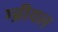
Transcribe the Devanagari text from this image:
ग्ब्रीयल